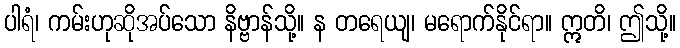
ပါရံ၊ ကမ်းဟုဆိုအပ်သော နိဗ္ဗာန်သို့။ န တရေယျ၊ မရောက်နိုင်ရာ။ ဣတိ၊ ဤသို့။